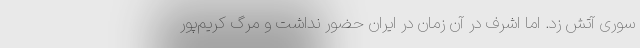
سوری آتش زد. اما اشرف در آن زمان در ایران حضور نداشت و مرگ کریم‌پور